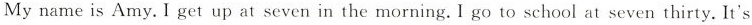
My name is Amy. I get up at seven in the morning. I go to school at seven thirty. It's